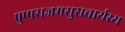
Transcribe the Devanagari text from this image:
पुष्पराजमसुराचार्यस्य